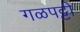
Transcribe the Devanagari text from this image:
गळपट्टी